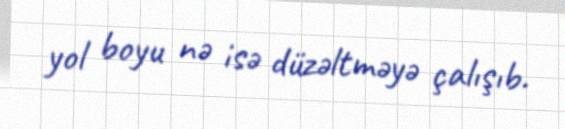
yol boyu nə isə düzəltməyə çalışıb.